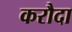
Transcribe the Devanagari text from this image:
करौदा